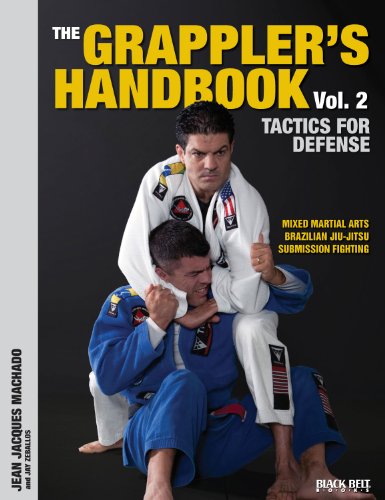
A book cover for The Grappler's Handbook Vol. 2: Tactics for Defense: Mixed Martial Arts, Brazilian Jiu-Jitsu and Submission Fighting; Jean Jacques Machado; Sports & Outdoors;